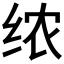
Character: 𫄣